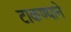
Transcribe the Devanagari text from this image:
टाकण्याने